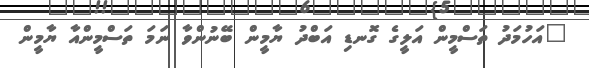
"އަހުމަދު ތަސްމީން އަލީގެ ގޮނޑި އަބްދު ޔާމީން ބޭނުންވާ ނަމަ ތަސްމީންއާ ޔާމީން